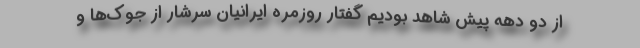
از دو دهه پیش شاهد بودیم گفتار روزمره ایرانیان سرشار از جوک‌ها و